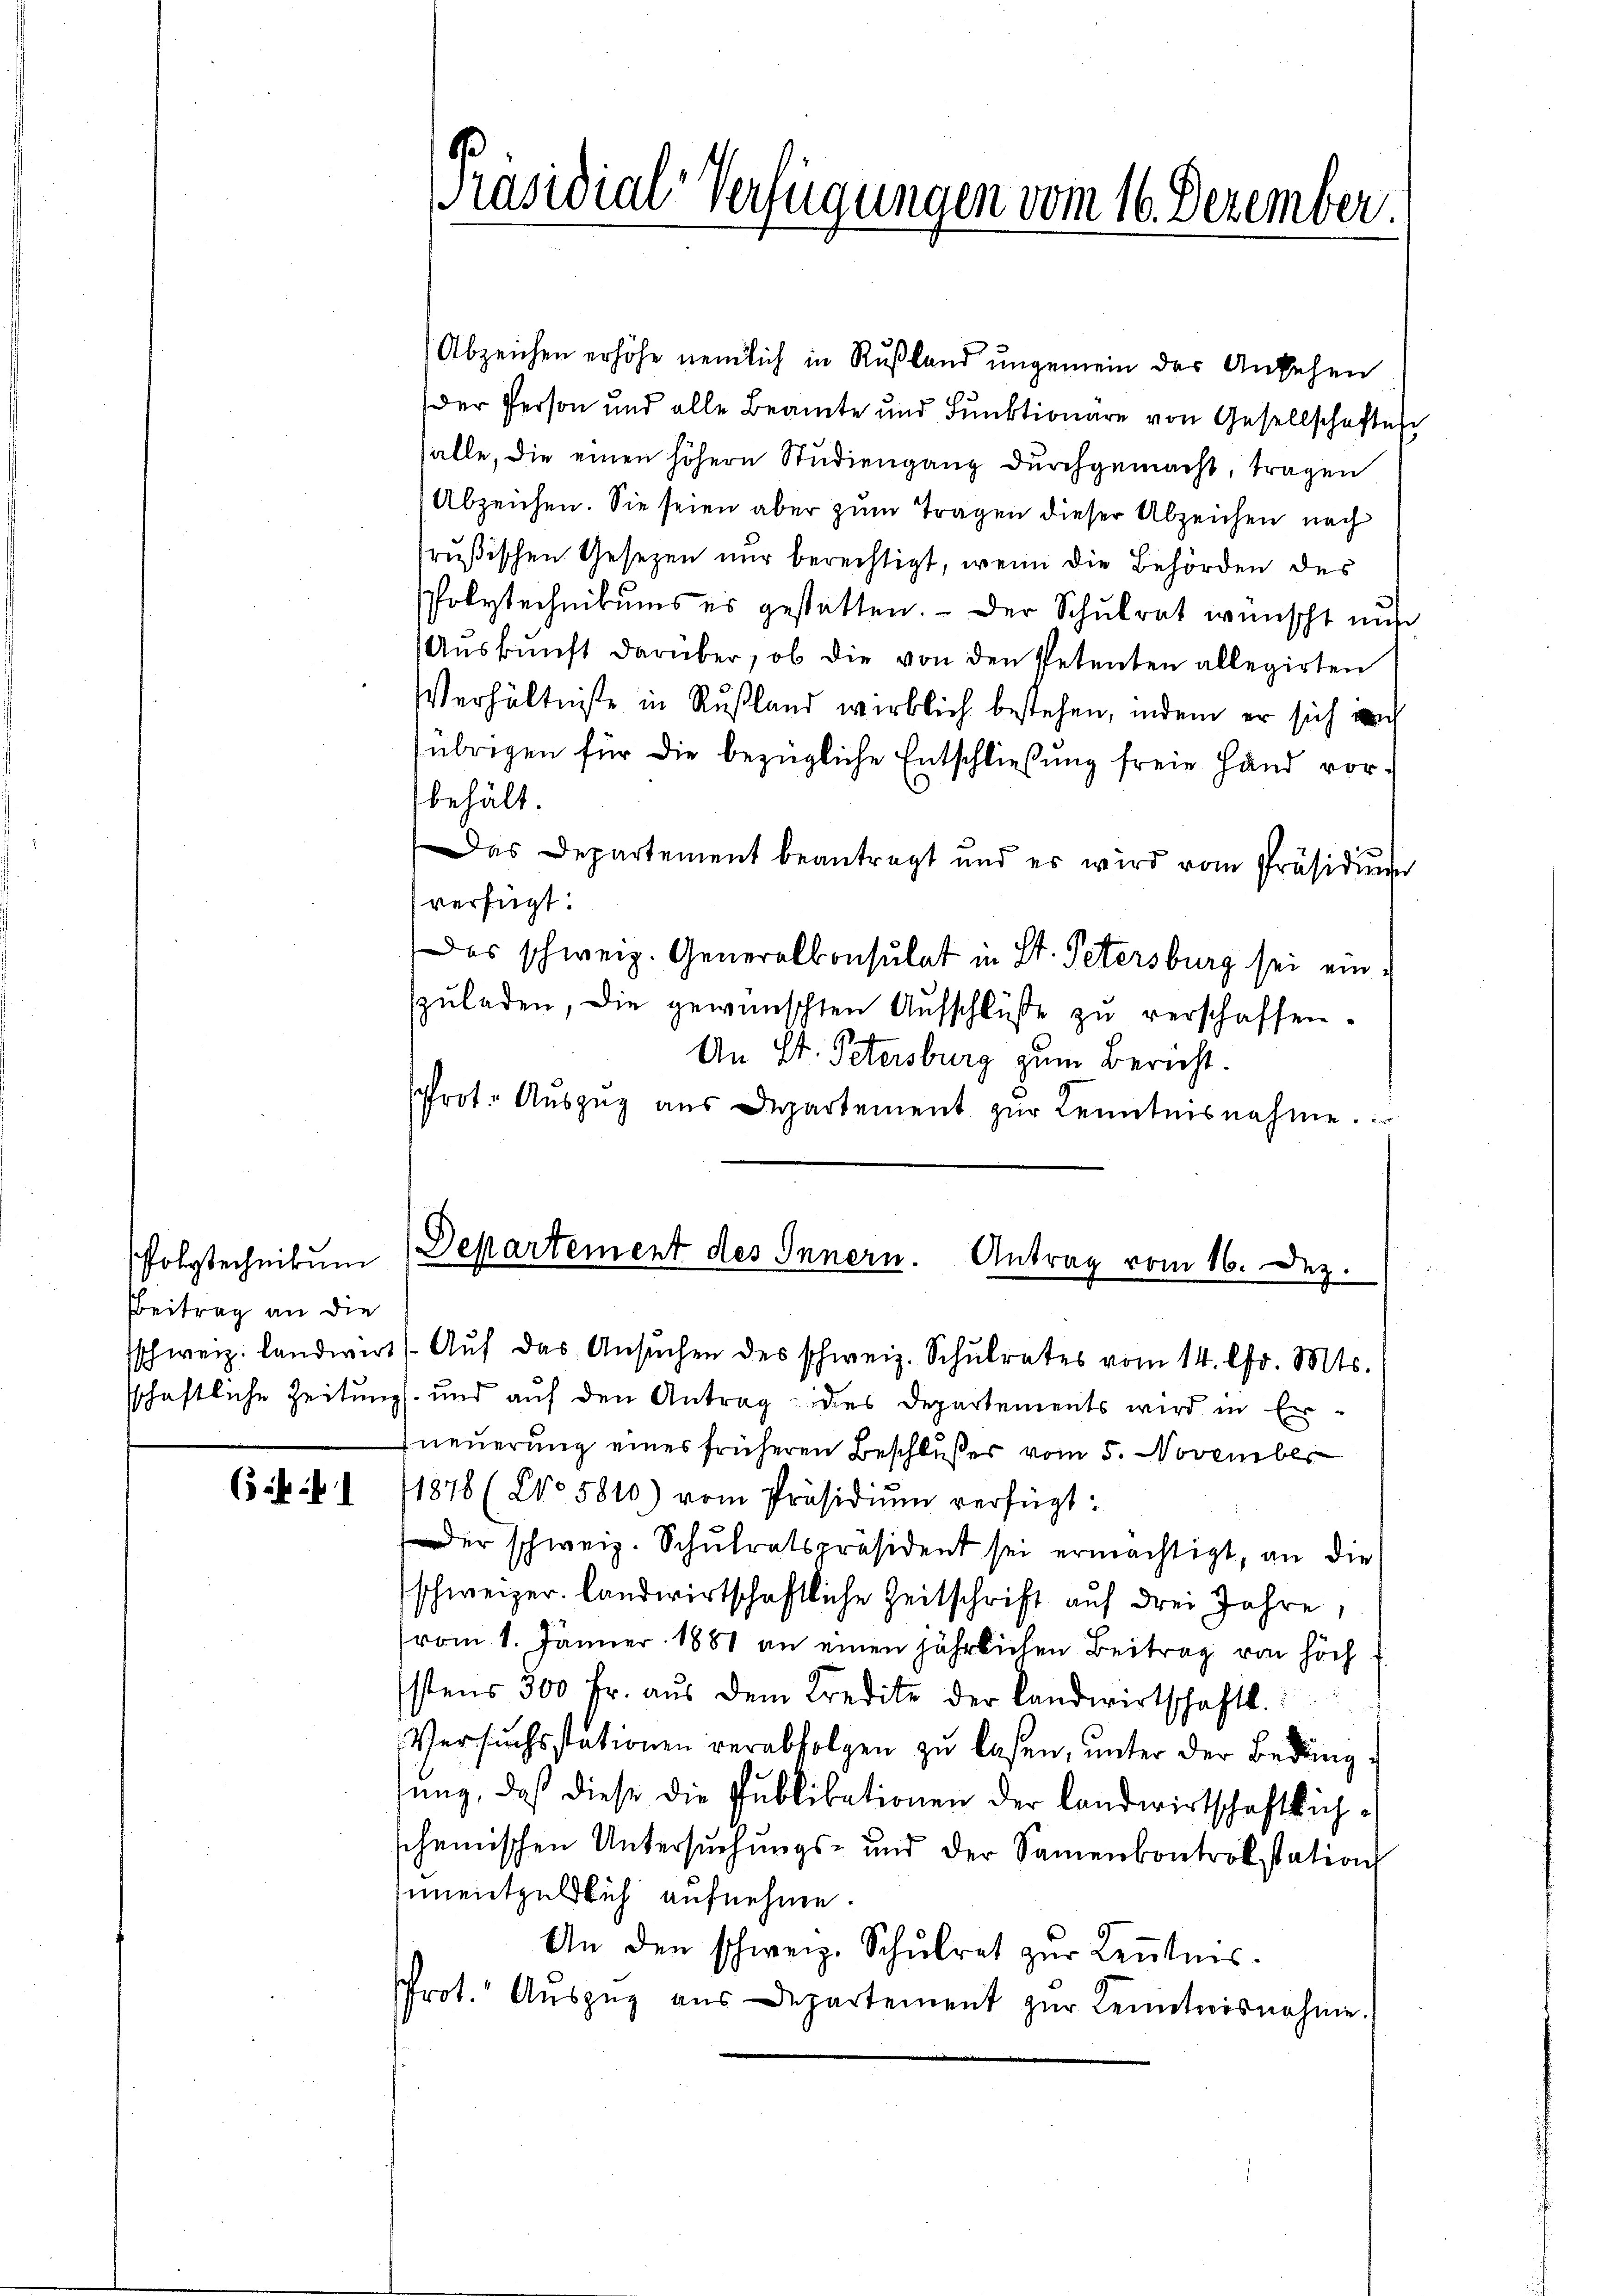
folytechnikum
Beitrag an die

( 1

Präsidial-Verfügungen vom 16. Dezember.

Abzeichen erhöhe nemlich in Rußland ungemein des Ansehen
Der Person und alle Beamte und Funktionäre von Gesellschaften
salle, die einen höhere Studiengang durchgemacht, tragen
Abzeichen. Sie seien aber zum Tragen dieser Abzeichen nach
rußischen Gesetzen nur berechtigt, wenn die Behörden des
Polytechnikums es gestatten. - Der Schulrat wünscht aus
Aŭskŭnft darüber, ob die von den Petenten allegirten
Verhältniße in Rußland wirklich bestehen, indem er sich ih
übrigen für die bezügliche Entschließung freie Hand vorbehält.
Das Departement beantragt und es wird vom Präsidium
verfügt:
es schweiz. Generalkonsulat in St. Petersburg sei einzŭladen, die gewünschten Aufschlüße zu verschaffen.
An St. Petersburg zum Bericht.
Prot. Aŭszŭg aŭs Departement zŭr Kenntnisnahme.

Departement des Innern. Antrag vom 16. Dez.
sschweiz. Landwirt (Aŭf das Ansŭchen des schweiz. Schŭlrates vom 14. Chr. Mts.

sschaftliche Zeitung und auf den Antrag des Departements wird in Erneuerung eines früheren Beschlußes vom 5. November
1878 (No 5810) vom Präsidiŭm verfügt:
der schweiz. Schulratspräsident sei ermächtigt, an die
schweizer. Landwirtschaftliche Zeitschrift auf drei Jahre,
vom 1. Jänner 1881 an einen jährlichen Beitrag von höch
stens 300 Fr. aŭs dem Kredite der Landwirtschaftl.:
Versuchsstationen verabfolgen zu laßen, unter der Bedingsung, daß diese die Publikationen der Landwirtschaftlichscheinischen Untersŭchŭngs- und der Samenkontrolstation
unentgeldlich aufnehme.
An den schweiz. Schŭlrat zŭr Keṅtnis.
Prot. Aŭszŭg aŭs Departement zŭr Kenntnisnahme.